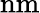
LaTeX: \mathrm{nm}